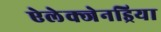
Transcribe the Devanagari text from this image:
ऐलेक्जेनड्रिया